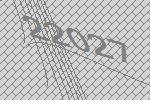
22027